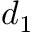
d _ { 1 }